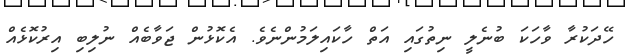
ހޭދަކުރާ ވާހަކަ ބުނެލީ ނިތުގައި އަތް ހާކައިލަމުންނެވެ. އެކޮޅުން ޖަވާބެއް ނުލިބި އިރުކޮޅެއް